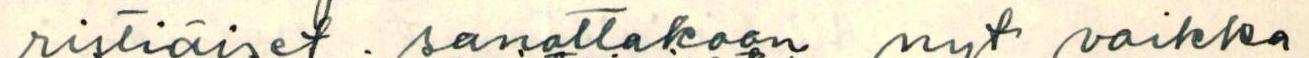
ristiäiset sanottakoon nyt vaikka